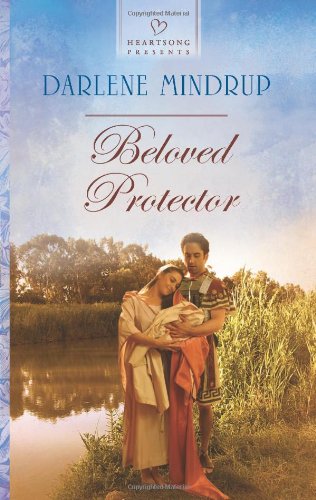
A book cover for Beloved Protector (Heartsong Presents); Darlene Mindrup; Romance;